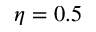
\eta = 0 . 5